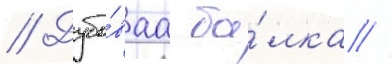
// Дубо́ваа ба́лка //